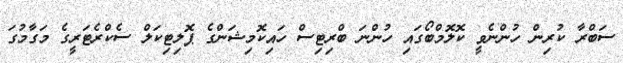
ސަބްރާ ކުރިން ހުންނެވީ ކޮލޮމްބޯގައި ހުންނަ ބްރިޓިސް ހައިކޮމިޝަންގެ ޕޮލިޓިކަލް ސެކްރެޓަރީގެ މަގާމުގަ